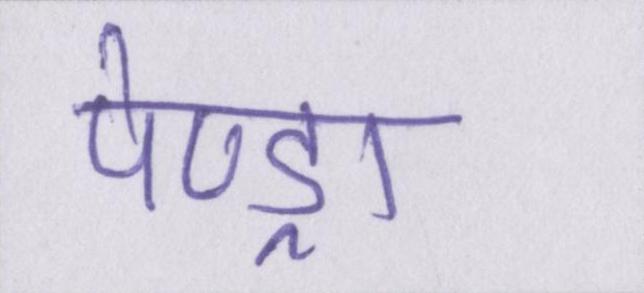
पेण्ड्रा